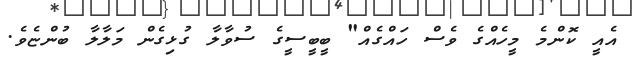
އެއީ ކޮންމެ މީހެއްގެ ވެސް ހައްގެއް" ބީބީސީގެ ސުވާލާ ގުޅިގެން މަލާލާ ބުންޏެވެ.